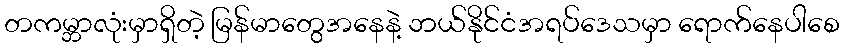
တကမ္ဘာလုံးမှာရှိတဲ့ မြန်မာတွေအနေနဲ့ ဘယ်နိုင်ငံအရပ်ဒေသမှာ ရောက်နေပါစေ